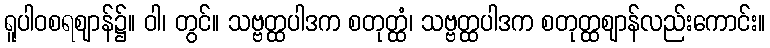
ရူပါဝစရဈာန်၌။ ဝါ၊ တွင်။ သဗ္ဗတ္ထပါဒက စတုတ္ထံ၊ သဗ္ဗတ္ထပါဒက စတုတ္ထဈာန်လည်းကောင်း။